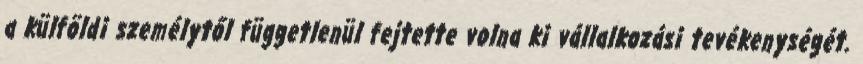
a külföldi személytől függetlenül fejtette volna ki vállalkozási tevékenységét.